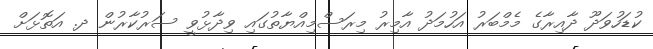
ކުޑަހުވަދޫ ދާއިރާގެ މެމްބަރު އަހުމަދު އާމިރު މިރަސްމިއްޔާތުގައި ވިދާޅުވީ ސަރުކާރުން ދ. އަތޮޅަށް